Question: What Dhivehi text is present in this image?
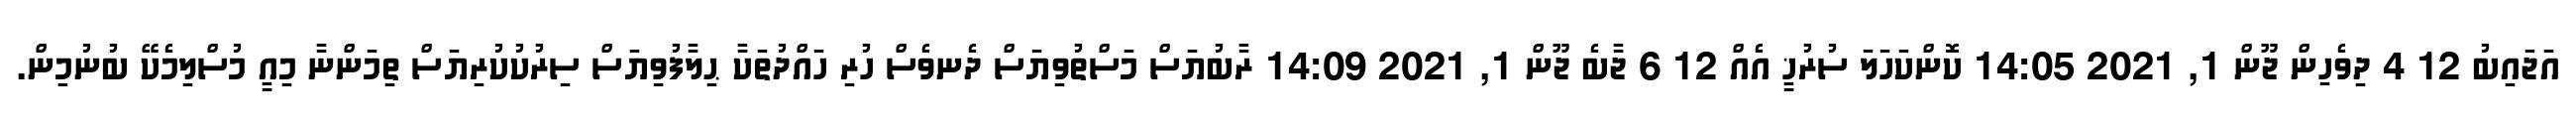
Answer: އަޖައިބު 12 4 ދިވެހިން ޖޫން 1, 2021 14:05 ކޮންކަހަލަ ސުރުޚީ އެއް 12 6 ޖާބެ ޖޫން 1, 2021 14:09 ރާބުޔަސް މަސްތުވިޔަސް ދެނވެސް ހުރި ހައްދުތަކާ ޙިލާފުވިޔަސް ސިރުކުކުރިޔަސް ތިމަންނާ މިއީ މުސްލިމެކޭ ބުނުމިން.